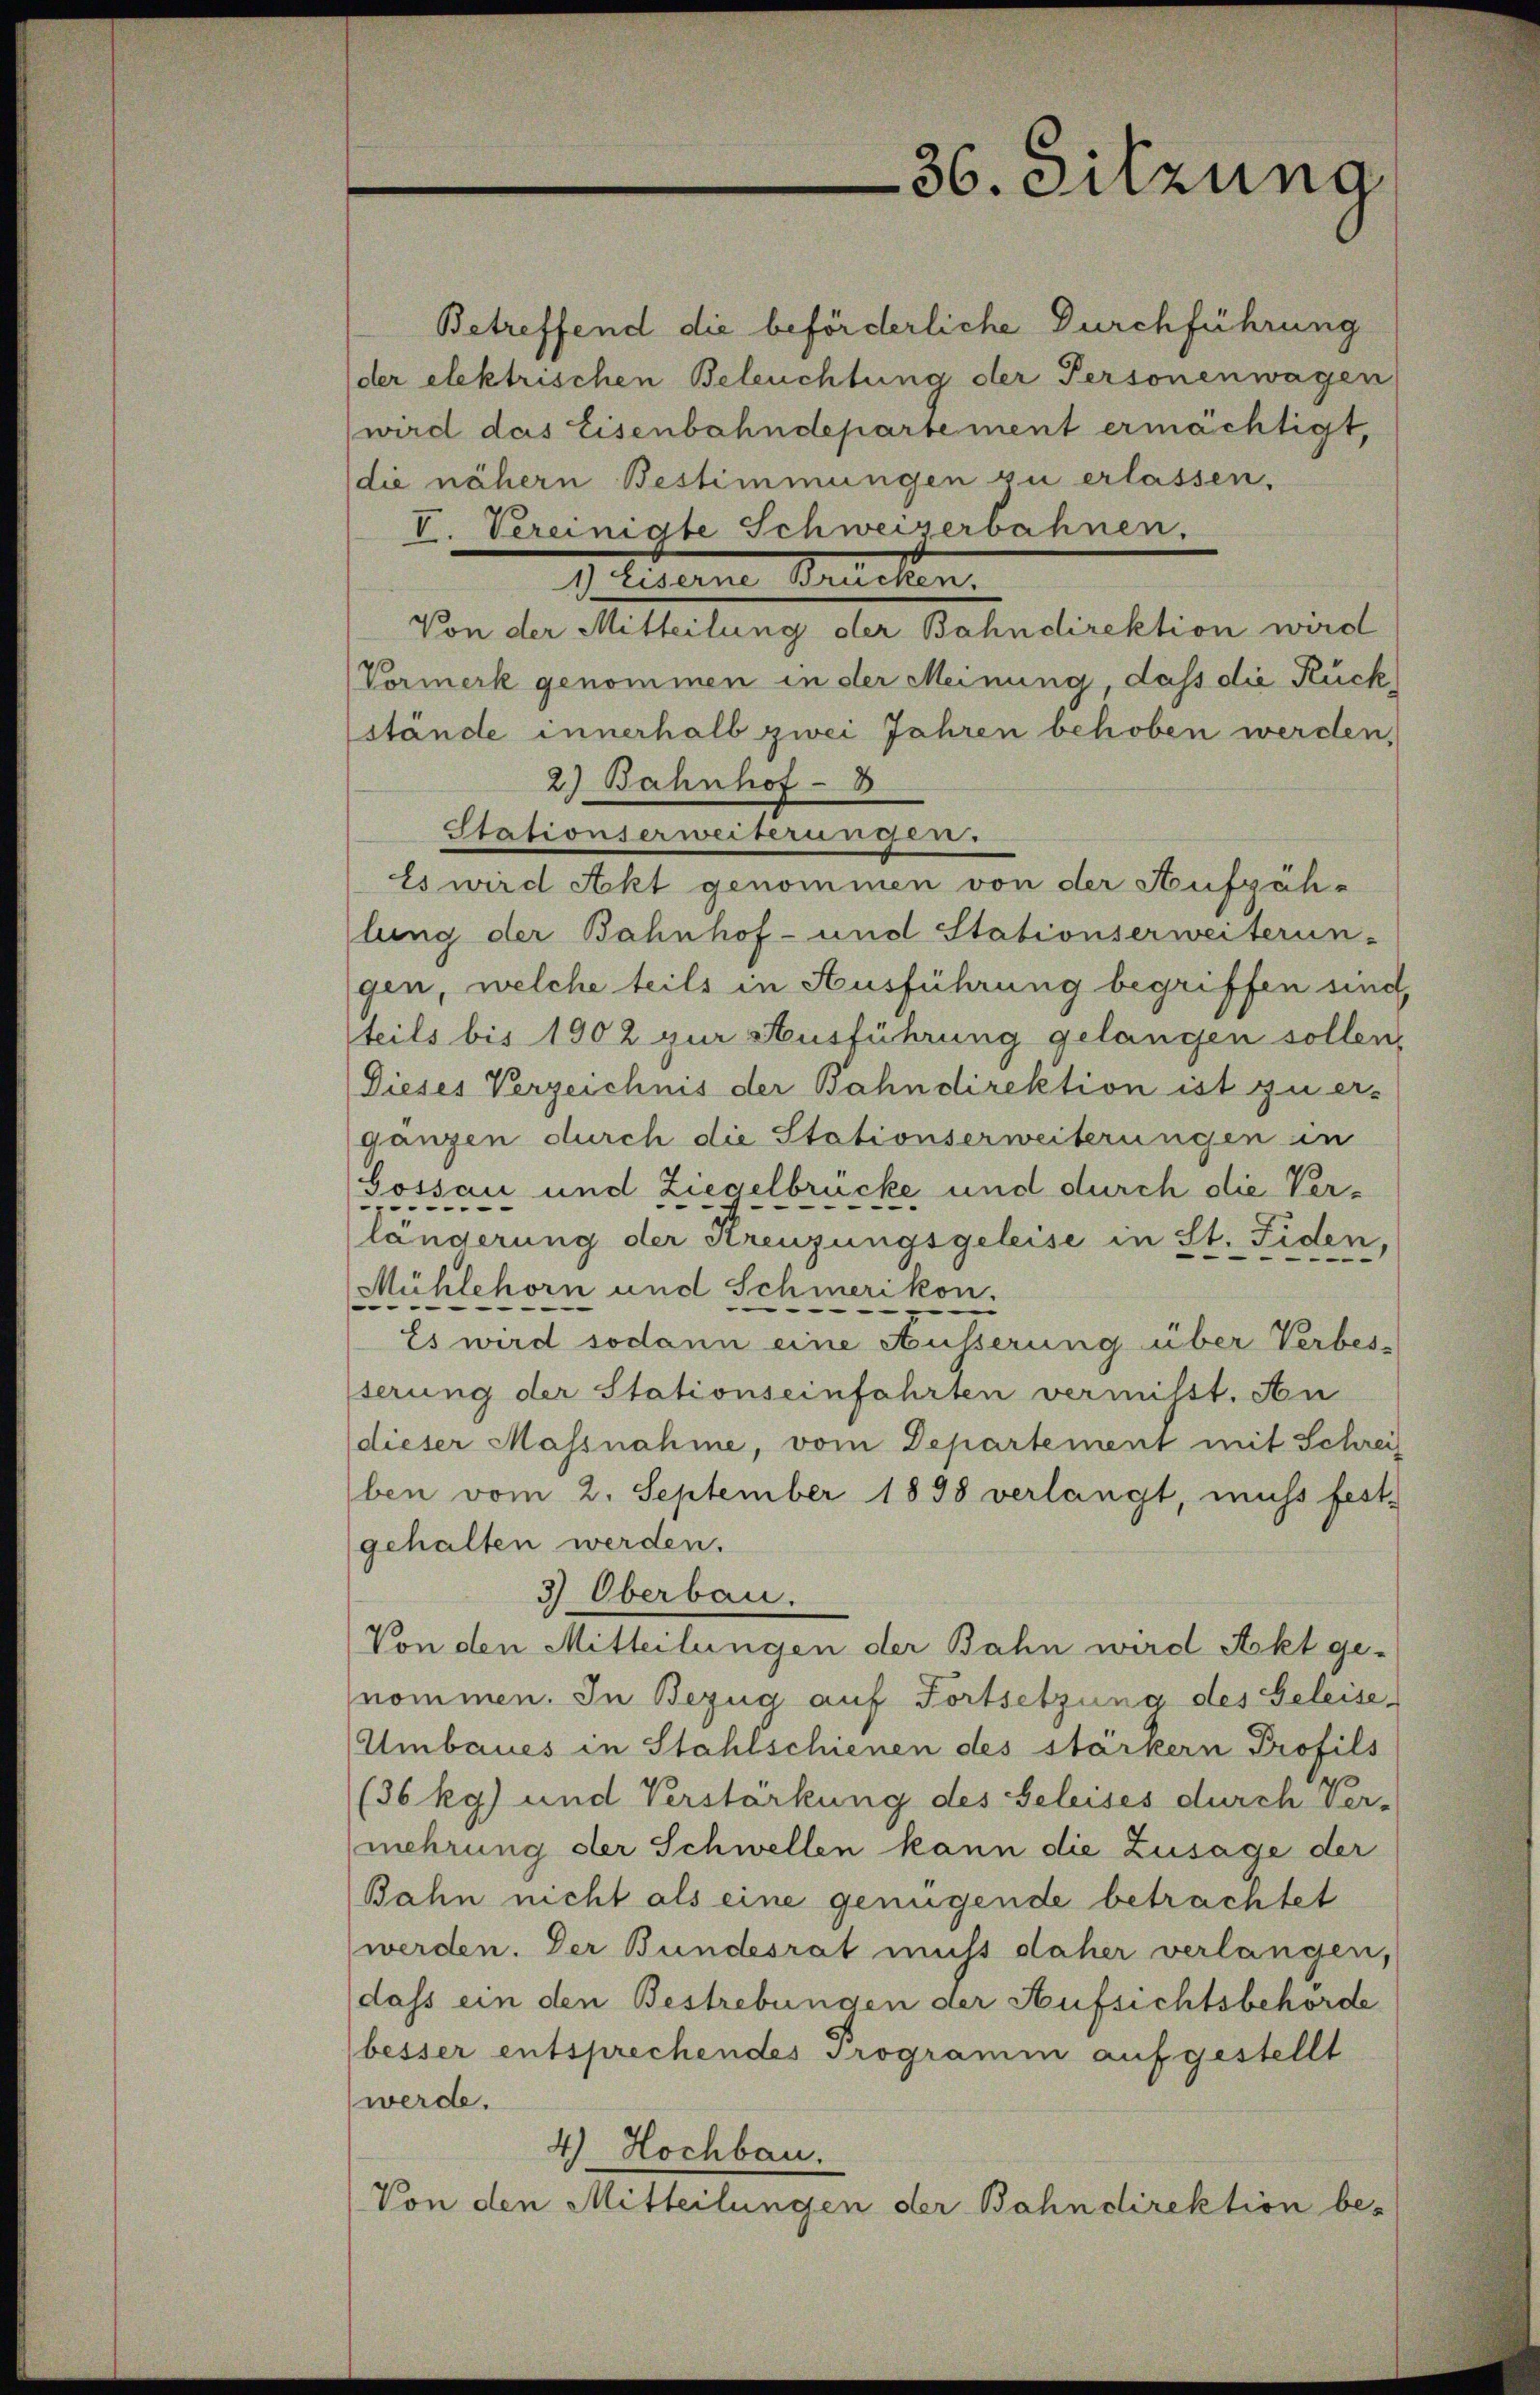
36. Sitzung

Betreffend die beförderliche Durchführung
der elektrischen Beleuchtung der Personenwagen
wird das Eisenbahndepartement ermächtigt,
(die nähern Bestimmungen zu erlassen.
I. Vereinigte Schweizerbahnen.
d Alterne Bracken.
Von der Mitteilung der Bahndirektion wird
Vormerk genommen in der Meinung, dass die Rück
stände innerhalb zwei Jahren behoben werden,
2.) Bahnhof - 8
Stationserweiterungen.
Es wird Akt genommen von der Aufzäh-
lung der Bahnhof- und Stationserweiterun-
gen, welche teils in Ausführung begriffen sind,
teils bis 1902 zur Ausführung gelangen sollen,
Dieses Verzeichnis der Bahndirektion ist zu er-
ganzen durch die Stationserweiterungen in
Gossau und Ziegelbrücke und durch die Verlängerung der Kreuzungsgeleise in St. Fiden,
Mühlehorn und Schmerikon.
Es wird sodann eine Äusserung über Verbesserung der Stations einfahrten vermißt. Au
dieser Massnahme, vom Departement mit Schrei
ben vom 2. September 1898 verlangt, muss fest-
gehalten werden.
3) Oberbau.
Von den Mitteilungen der Bahn wird Akt ge-
nommen. In Bezug auf Fortsetzung des Geleise-
Umbaues in Stahlschienen des stärkern Profils
(36 kg) und Verstarkung des Geleises durch Ver-
mehrung der Schwellen kann die Zusage der
Bahn nicht als eine genügende betrachtet
werden. Der Bundesrat nicht daher verlangen,
dass ein den Bestrebungen der Aufsichtsbehörde
besser entsprechendes Programm aufgestellt
werde.
4) Hochbau.
Von den Mitteilungen der Bahndirektion be-